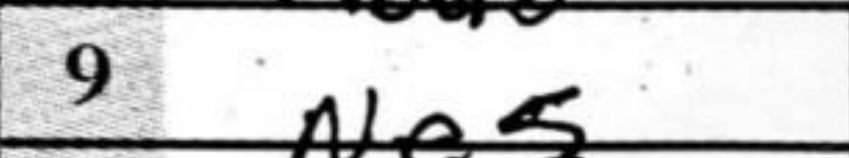
Transcription: Ne5